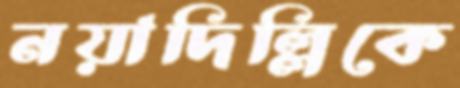
নয়াদিল্লিকে